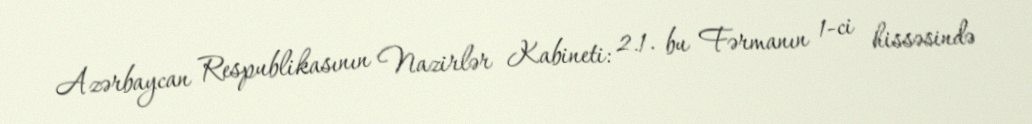
Azərbaycan Respublikasının Nazirlər Kabineti: 2.1. bu Fərmanın 1-ci hissəsində